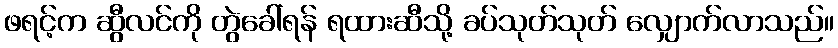
ဖရင့်က ဆွီလင်ကို တွဲခေါ်ရန် ရထားဆီသို့ ခပ်သုတ်သုတ် လျှောက်လာသည်။